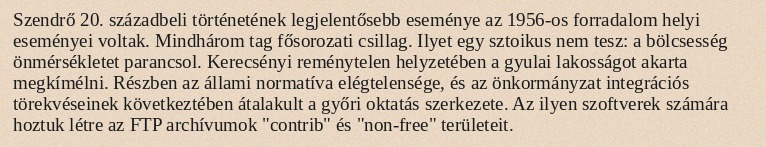
Szendrő 20. századbeli történetének legjelentősebb eseménye az 1956-os forradalom helyi eseményei voltak. Mindhárom tag fősorozati csillag. Ilyet egy sztoikus nem tesz: a bölcsesség önmérsékletet parancsol. Kerecsényi reménytelen helyzetében a gyulai lakosságot akarta megkímélni. Részben az állami normatíva elégtelensége, és az önkormányzat integrációs törekvéseinek következtében átalakult a győri oktatás szerkezete. Az ilyen szoftverek számára hoztuk létre az FTP archívumok "contrib" és "non-free" területeit.